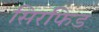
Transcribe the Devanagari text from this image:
सिरफिड